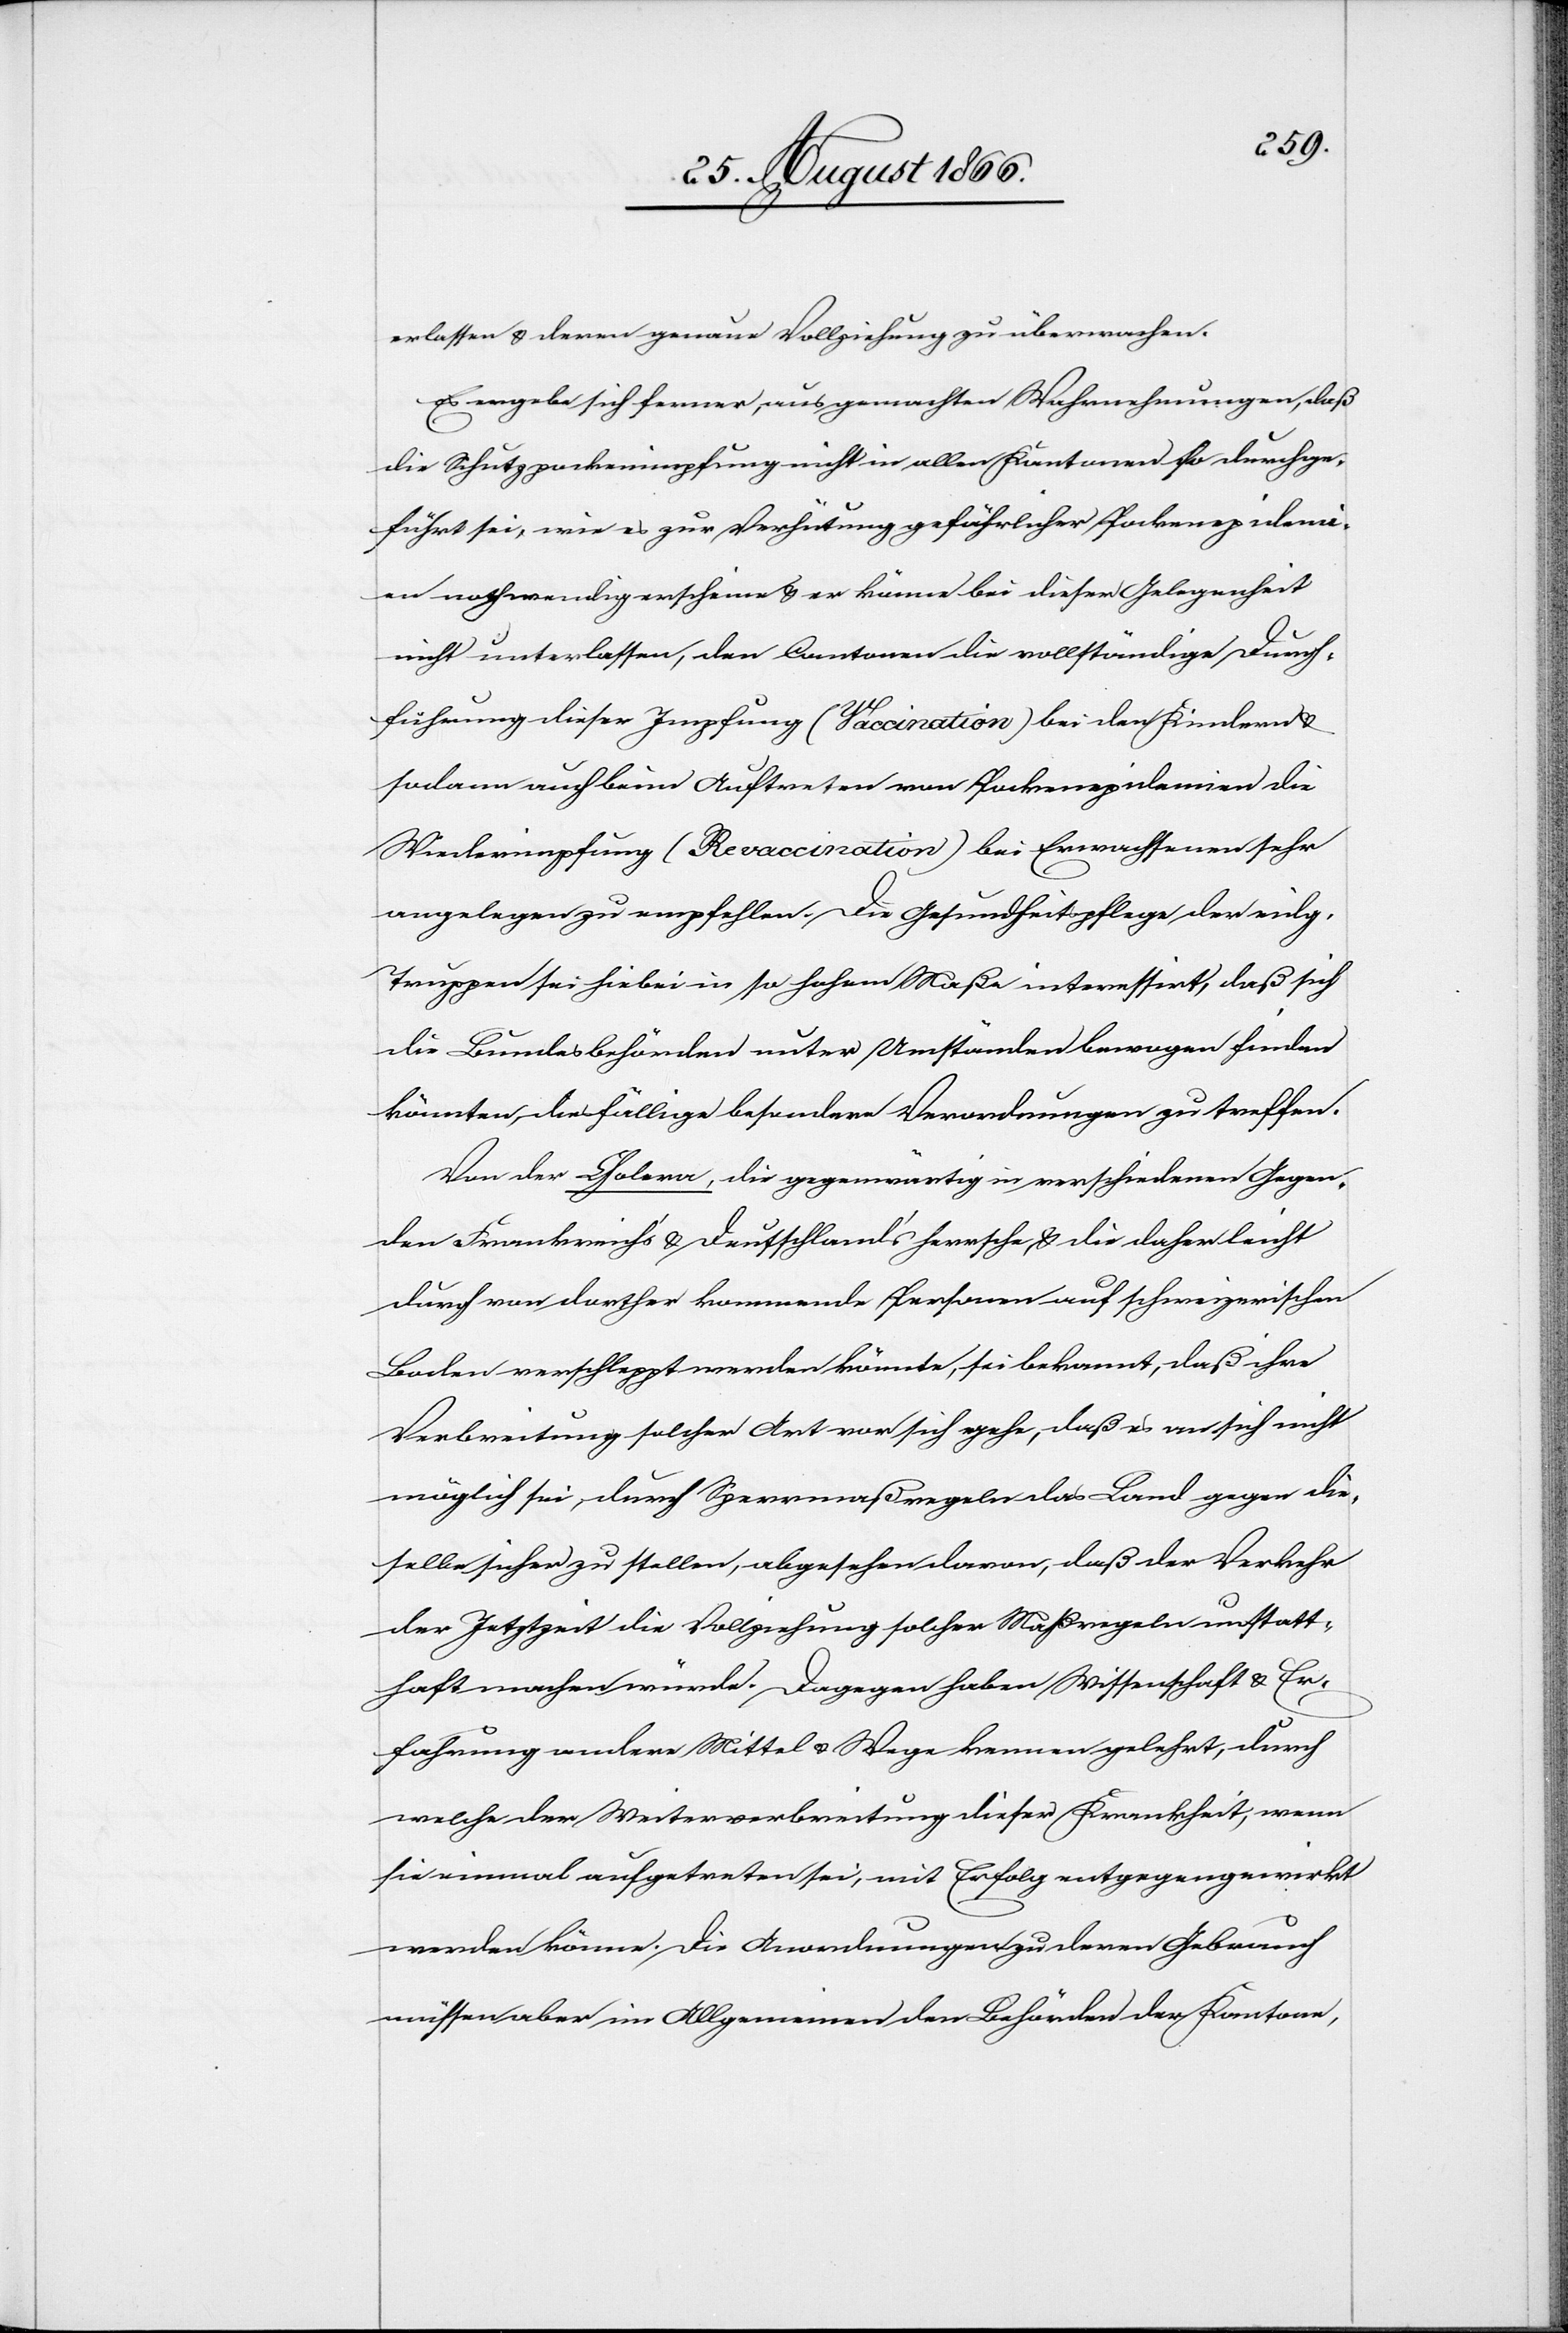
erlassen, u. deren genaue Vollziehung zu überwachen.
Es ergebe sich ferner, aus gemachten Wahrnehmungen, daß
die Schutzpockenimpfung nicht in allen Kantonen so durchge¬
führt sei, wie es zur Verhütung gefährlicher Pockenepidemi¬
en nothwendig erscheine u. er könne bei dieser Gelegenheit
nicht unterlassen, den Cantonen die vollständige Durch¬
führung dieser Impfung (Vaccination) bei den Kindern u.
sodann auch beim Auftreten von Pockenepidemien die
Wiederimpfung (Revaccination) bei Erwachsenen sehr
angelegen zu empfehlen. Die Gesundheitspflege der eidg.
Truppen sei hiebei in so hohem Maße interessirt, daß sich
die Bundesbehörden unter Umständen bewogen finden
könnten, diesfällige besondere Verordnungen zu treffen.
Von der Cholera, die gegenwärtig in verschiedenen Gegen¬
den Frankreich’s u. Deutschland’s herrsche u. die daher leicht
durch von dorther kommende Personen auf schweizerischen
Boden verschleppt werden könnte, sei bekannt, daß ihre
Verbreitung solcher Art vor sich gehe, daß es an sich nicht
möglich sei, durch Sperrmaßregeln das Land gegen die¬
selbe sicher zu stellen, abgesehen davon, daß der Verkehr
der Jetztzeit die Vollziehung solcher Maßregeln unstatt¬
haft machen würde. Dagegen haben Wissenschaft u. Er¬
fahrung andere Mittel u. Wege kennen gelehrt [sic!],
welche der Weiterverbreitung dieser Krankheit, wenn
sie einmal aufgetreten sei, mit Erfolg entgegengewirkt
werden könne. Die Anordnungen zu deren Gebrauch
müssen aber im Allgemeinen den Behörden der Kantone,